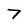
Character: 7